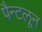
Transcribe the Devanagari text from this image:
पैन्टलून